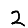
Digit: 2